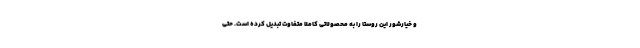
و خیارشور این روستا را به محصولاتی کاملاً متفاوت تبدیل کرده است. حتی